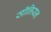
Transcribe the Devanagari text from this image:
सॉनियन